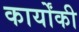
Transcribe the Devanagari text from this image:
कार्योंकी